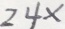
2 4 x